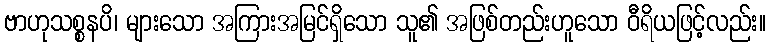
ဗာဟုသစ္စနပိ၊ များသော အကြားအမြင်ရှိသော သူ၏ အဖြစ်တည်းဟူသော ဝီရိယဖြင့်လည်း။